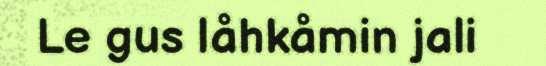
Le gus låhkåmin jali